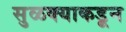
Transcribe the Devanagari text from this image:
सुळक्याकडून